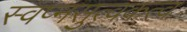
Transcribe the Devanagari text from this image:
स्वप्नसुत्वकत्व